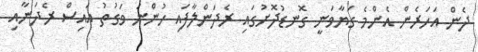
ދެން އަހަރެން އެންމެ ގަޔާވަނީ ގޮނޑުދޮށުގައި ރެދަންލާފައި ހުންނަ ވަގުތު އައިސް ރެދަނާއި